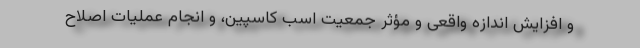
و افزایش اندازه واقعی و مؤثر جمعیت اسب کاسپین، و انجام عملیات اصلاح